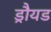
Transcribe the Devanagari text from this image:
ड्रौयड